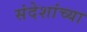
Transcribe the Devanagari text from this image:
संदेशांच्या